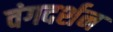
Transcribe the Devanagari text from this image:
वंगदर्शन